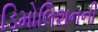
ડિમોલિશનની